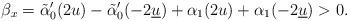
LaTeX: \begin{align*}\beta_x = \tilde\alpha_0'(2u) - \tilde \alpha_0'(-2\underline{u}) + \alpha_1(2u) + \alpha_1(-2\underline{u}) >0.\end{align*}